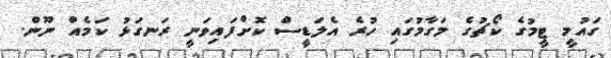
ގައުމީ ޓީމުގެ ކޯޗުގެ މަގާމުގައި ހުރެ އެލަޑީސް ކޮށްފައިވަނީ ރަނގަޅު ކަމެއް ނޫން.